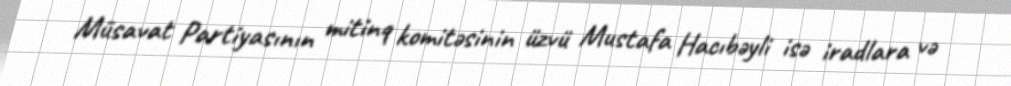
Müsavat Partiyasının mitinq komitəsinin üzvü Mustafa Hacıbəyli isə iradlara və